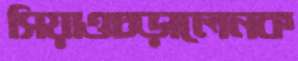
সিয়াওচড়ালেনক